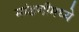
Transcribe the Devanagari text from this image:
मांडणीमध्ये